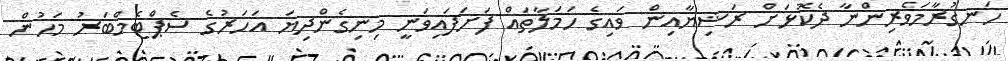
ހަނގުރާމަވެރިންނާ ދެކޮޅަށް ރަޝިޔާއިން ވައިގެ ހަމަލާތައް ފަށަފައިވަނީ މިނިގެންދިޔަ އަހަރުގެ ސެޕްޓެމްބަރު މަހުން